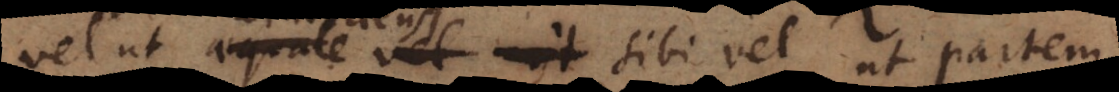
vel ut coincidens sibi vel ut partem,